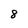
Character: 8